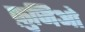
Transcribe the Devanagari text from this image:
फ़ुजिओ